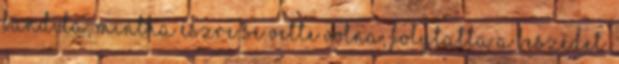
bandita, mintha észre se vette volna, folytatta a beszédet.